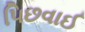
પિછવાઈ